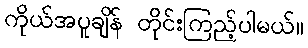
ကိုယ်အပူချိန် တိုင်းကြည့်ပါမယ်။